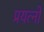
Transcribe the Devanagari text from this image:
प्रयत्नो